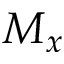
M _ { x }